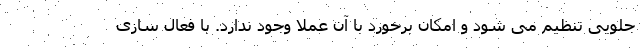
جلویی تنظیم می شود و امکان برخورد با آن عملا وجود ندارد. با فعال سازی